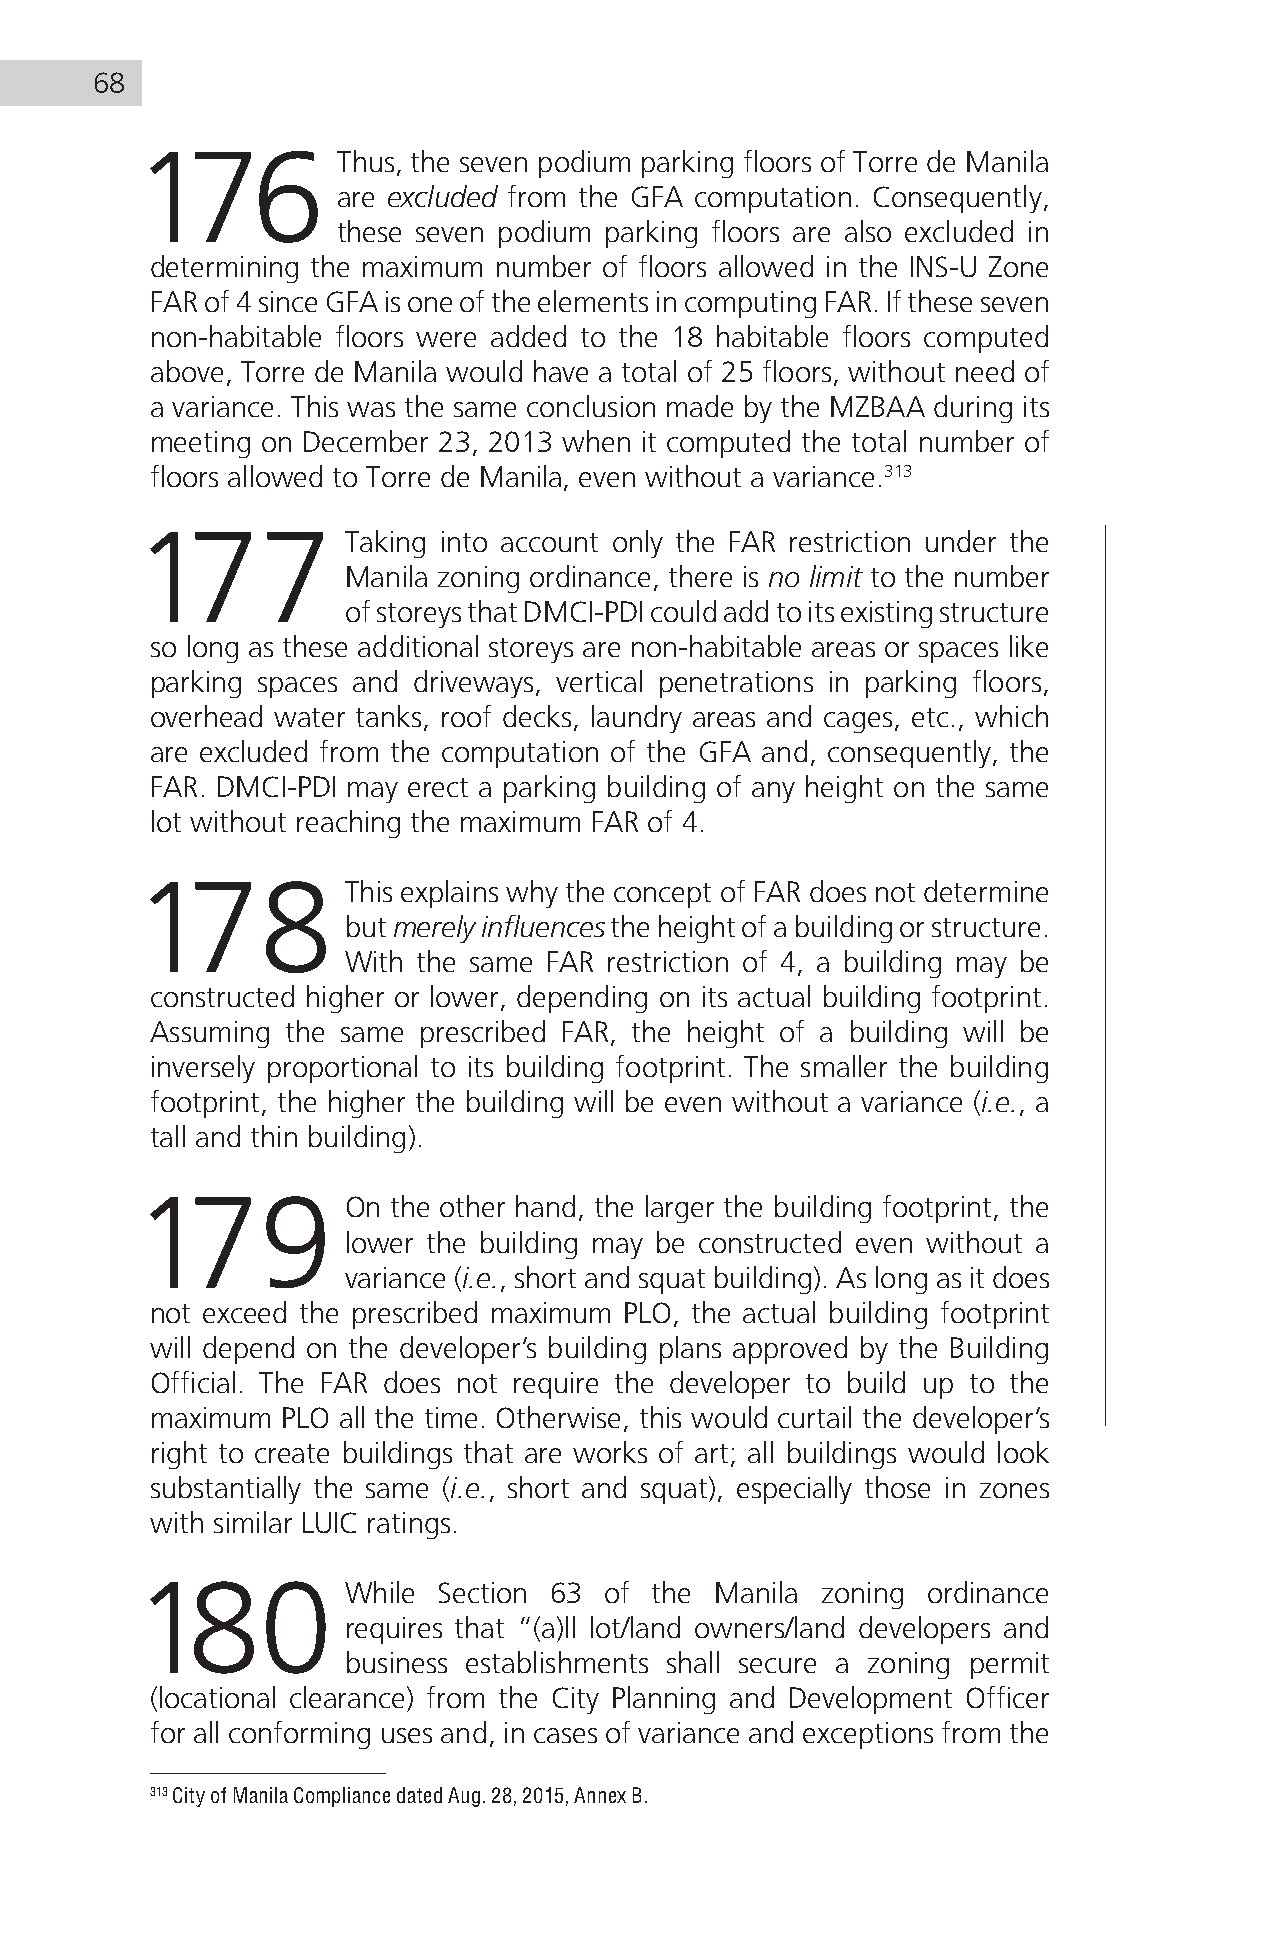
68
 176          Thus, the seven podium parking floors of Torre de Manila
 are excluded from the GFA computation. Consequently,
 these seven podium parking floors are also excluded in
 determining the maximum number of floors allowed in the INS-U Zone
 FAR of 4 since GFA is one of the elements in computing FAR. If these seven
 non-habitable floors were added to the 18 habitable floors computed
 above, Torre de Manila would have a total of 25 floors, without need of
 a variance. This was the same conclusion made by the MZBAA during its
 meeting on December 23, 2013 when it computed the total number of
 floors allowed to Torre de Manila, even without a variance.313
 177           Taking into account only the FAR restriction under the
 Manila zoning ordinance, there is no limit to the number
 of storeys that DMCI-PDI could add to its existing structure
 so long as these additional storeys are non-habitable areas or spaces like
 parking spaces and driveways, vertical penetrations in parking floors,
 overhead water tanks, roof decks, laundry areas and cages, etc., which
 are excluded from the computation of the GFA and, consequently, the
 FAR. DMCI-PDI may erect a parking building of any height on the same
 lot without reaching the maximum FAR of 4.
 178           This explains why the concept of FAR does not determine
 but merely influences the height of a building or structure.
 With the same FAR restriction of 4, a building may be
 constructed higher or lower, depending on its actual building footprint.
 Assuming the same prescribed FAR, the height of a building will be
 inversely proportional to its building footprint. The smaller the building
 footprint, the higher the building will be even without a variance (i.e., a
 tall and thin building).
 179           On the other hand, the larger the building footprint, the
 lower the building may be constructed even without a
 variance (i.e., short and squat building). As long as it does
 not exceed the prescribed maximum PLO, the actual building footprint
 will depend on the developer’s building plans approved by the Building
 Official. The FAR does not require the developer to build up to the
 maximum  PLO all the time. Otherwise, this would curtail the developer’s
 right to create buildings that are works of art; all buildings would look
 substantially the same (i.e., short and squat), especially those in zones
 with similar LUIC ratings.
 180           While Section 63 of the Manila zoning ordinance
 requires that “(a)ll lot/land owners/land developers and
 business establishments shall secure a zoning permit
 (locational clearance) from the City Planning and Development Officer
 for all conforming uses and, in cases of variance and exceptions from the
 313 City of Manila Compliance dated Aug. 28, 2015, Annex B.